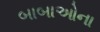
બાબાઓના